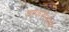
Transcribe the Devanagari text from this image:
शण्कराभरण